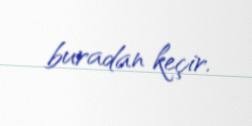
buradan keçir.